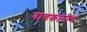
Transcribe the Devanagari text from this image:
वाचकांनीच